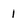
Character: 1